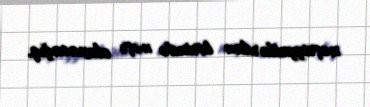
nəşriyyatlardan birində nəşr olunacağıq.